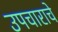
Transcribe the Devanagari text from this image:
उपचाराचे